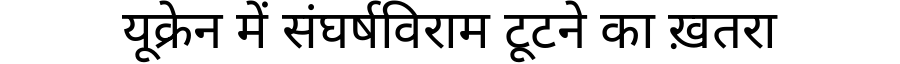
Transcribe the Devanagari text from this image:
यूक्रेन में संघर्षविराम टूटने का ख़तरा